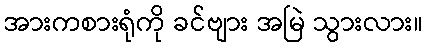
အားကစားရုံကို ခင်ဗျား အမြဲ သွားလား။